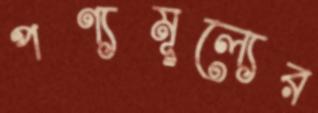
পণ্যমূল্যের